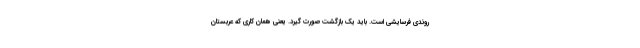
روندی فرسایشی است. باید یک بازگشت صورت گیرد. یعنی همان کاری که عربستان